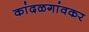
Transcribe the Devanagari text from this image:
कांदळगांवकर